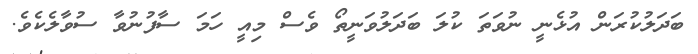
ބަދަލުކުރަން އުޅެނީ ނުވަތަ ކުލަ ބަދަލުވަނީތޯ ވެސް މިއީ ހަމަ ސާފުނުވާ ސުވާލެކެވެ.